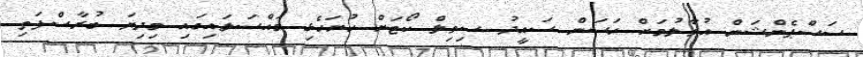
ސަސްޕެންޝަން އުވާލުމަށް ހަސަން ސައީދު ސިވިލް ކޯޓަށް ހުށަހެޅި މައްސަލައިގައި މިދިޔަ ބުރާސްފަތި